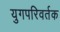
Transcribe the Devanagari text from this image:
युगपरिवर्तक